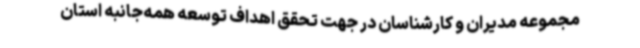
مجموعه مدیران و کارشناسان در جهت تحقق اهداف توسعه همه‌جانبه استان